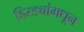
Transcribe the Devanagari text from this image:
हिरड्यांमधून